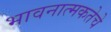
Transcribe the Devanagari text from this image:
भावनात्मकतेचे